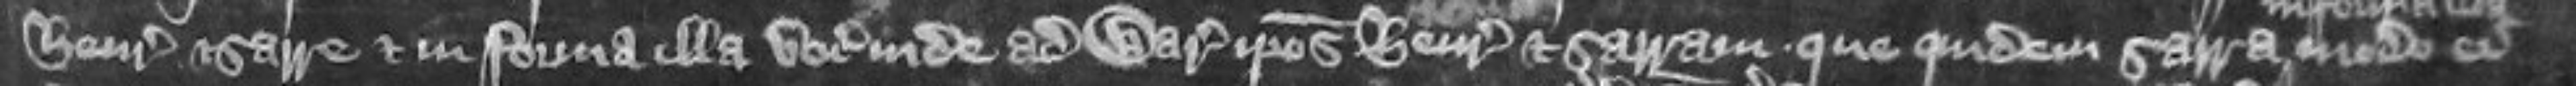
Henrici et Sarre et in forma illa vocat inde ad warantiam ipsos Henricum et Sarram que quidem Sarra modo ei